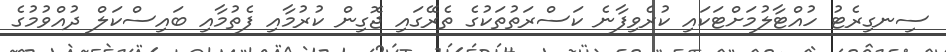
ސިނގިރެޓު ހުއްޓާލުމަށްޓަކައި ކުރެވިފާނެ ކަސްރަތުތަކުގެ ތެރޭގައި ޖޮގިން ކުރުމާއި ފެތުމާއި ބައިސްކަލް ދުއްވުމުގެ